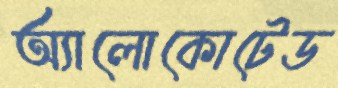
অ্যালোকোটেড